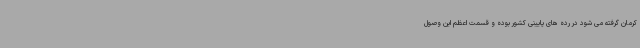
کرمان گرفته می شود در رده های پایینی کشور بوده و قسمت اعظم این وصول